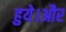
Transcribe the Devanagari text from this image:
हुये।और